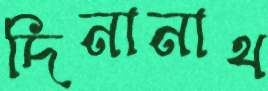
দিনানাথ